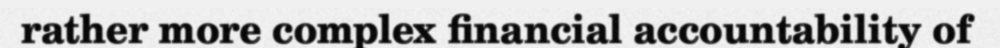
rather more complex financial accountability of